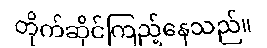
တိုက်ဆိုင်ကြည့်နေသည်။